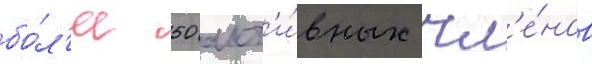
бо́л'ее 50 акт'и́вных чл'е́нов